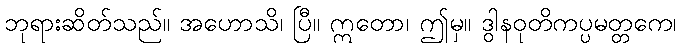
ဘုရားဆိတ်သည်။ အဟောသိ၊ ပြီ။ ဣတော၊ ဤမှ။ ဒွါနဝုတိကပ္ပမတ္တကေ၊